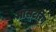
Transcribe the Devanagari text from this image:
मास्‍टरिंग